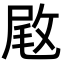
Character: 𢽙